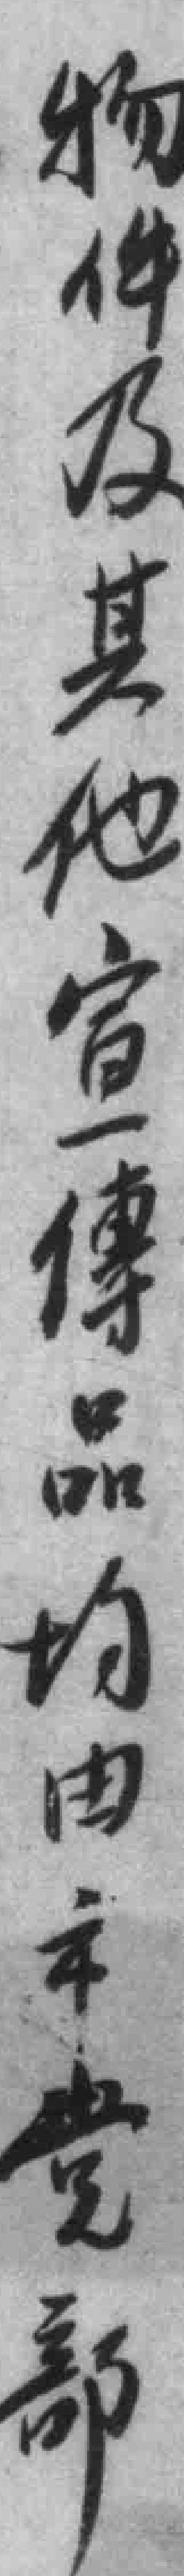
物件及其他宣傳品均由市党部